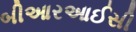
બીઆરઆઈસી